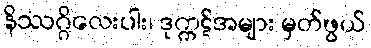
နိဿဂ္ဂိလေးပါး၊ ဒုက္ကဋ်အများ မှတ်ဖွယ်